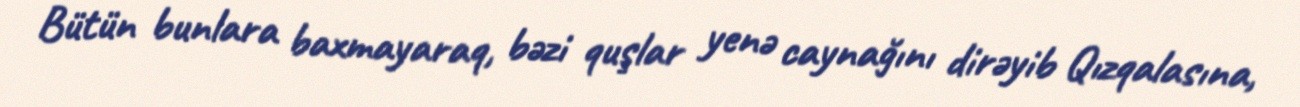
Bütün bunlara baxmayaraq, bəzi quşlar yenə caynağını dirəyib Qızqalasına,